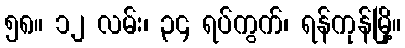
၅၈။ ၁၂ လမ်း၊ ၃၄ ရပ်ကွက်၊ ရန်ကုန်မြို့။